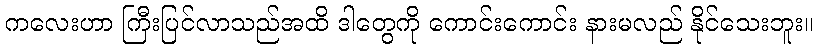
ကလေးဟာ ကြီးပြင်လာသည်အထိ ဒါတွေကို ကောင်းကောင်း နားမလည် နိုင်သေးဘူး။